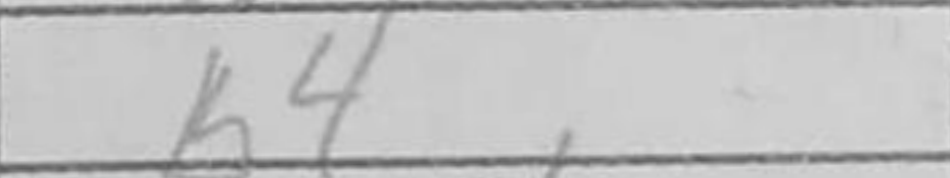
Transcription: b4